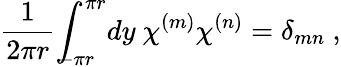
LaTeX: \frac{1}{2\pi r}{\int}_{\! \! \! -\pi r}^{\pi r}dy~\chi^{(m)}\chi^{(n)}=\delta_{mn}~,